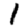
Digit: 1